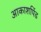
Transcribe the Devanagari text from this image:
आकाशपिंड